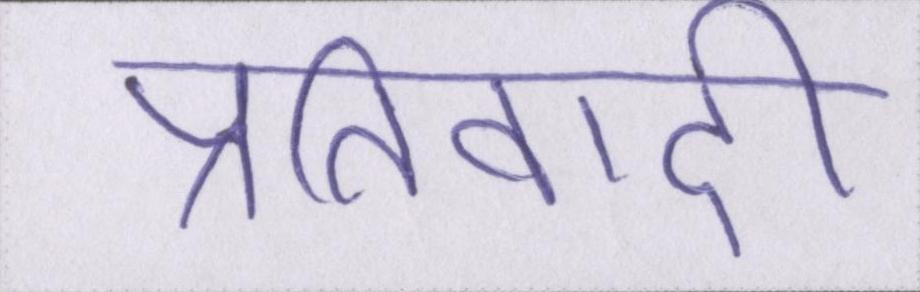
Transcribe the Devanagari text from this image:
प्रतिवादी